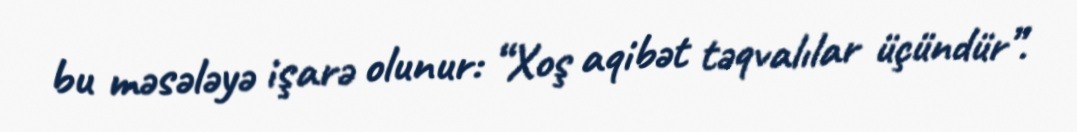
bu məsələyə işarə olunur: “Xoş aqibət təqvalılar üçündür”.